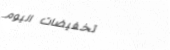
تخفيضات اليوم